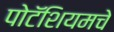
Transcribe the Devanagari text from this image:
पोटॅशियमचे